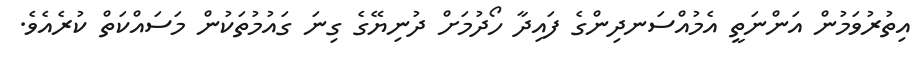
އިތުރުވަމުން އަންނަތީ އެމުއްސަނދިންގެ ފައިދާ ހޯދުމަށް ދުނިޔޭގެ ގިނަ ގައުމުތަކުން މަސައްކަތް ކުރެއެވެ.